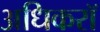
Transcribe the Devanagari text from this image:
अधिकरॉ